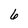
Character: 6